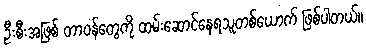
ဦးစီးအဖြစ် တာဝန်တွေကို ထမ်းဆောင်နေရသူတစ်ယောက် ဖြစ်ပါတယ်။